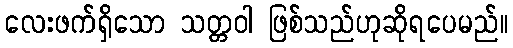
လေးဖက်ရှိသော သတ္တဝါ ဖြစ်သည်ဟုဆိုရပေမည်။